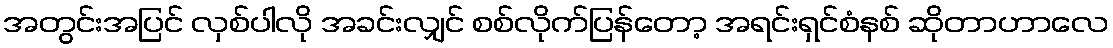
အတွင်းအပြင် လှစ်ပါလို အခင်းလျှင် စစ်လိုက်ပြန်တော့ အရင်းရှင်စံနစ် ဆိုတာဟာလေ